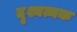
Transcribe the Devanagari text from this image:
दृश्यत्मक